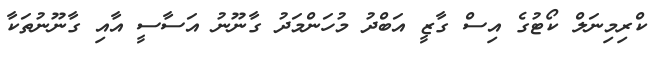
ކްރިމިނަލް ކޯޓުގެ އިސް ގާޒީ އަބްދު މުހަންމަދު ގާނޫނު އަސާސީ އާއި ގާނޫނުތަކާ